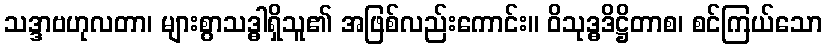
သဒ္ဒာဗဟုလတာ၊ များစွာသဒ္ဓါရှိသူ၏ အဖြစ်လည်းကောင်း။ ဝိသုဒ္ဓဒိဋ္ဌိတာစ၊ စင်ကြယ်သော